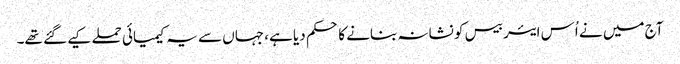
آج میں نے اُس ایئر بیس کو نشانہ بنانے کا حکم دیا ہے، جہاں سے یہ کیمیائی حملے کیے گئے تھے۔